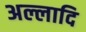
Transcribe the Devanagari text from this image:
अल्लादि